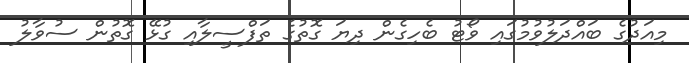
މިއަދުގެ ބައްދަލުވުމުގައި ވޯޓު ބެހިގެން ދިޔަ ގޮތުގެ ތަފްސީލާއި ގުޅޭ ގޮތުން ސުވާލު